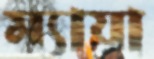
ম্যায়া